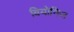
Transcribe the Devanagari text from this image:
वियोनिज